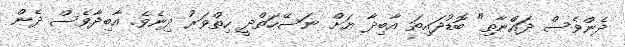
ދެންވެސް ދައްނާތި" ބޮޑުދައިތަ އާބިދާ ޔަށް ނަސޭހަތްދީ ހިތްވަރު ދިނެވެ. އާބިދާވެސް ދެން